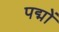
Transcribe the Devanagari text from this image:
पद्मों